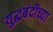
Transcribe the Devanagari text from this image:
युद्धबंदीच्या